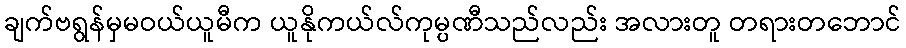
ချက်ဗရွန်မှမဝယ်ယူမီက ယူနိုကယ်လ်ကုမ္ပဏီသည်လည်း အလားတူ တရားတဘောင်